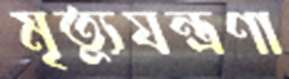
মৃত্যুযন্ত্রণা